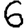
Digit: 6